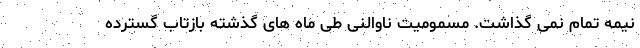
نیمه تمام نمی گذاشت. مسمومیت ناوالنی طی ماه های گذشته بازتاب گسترده